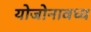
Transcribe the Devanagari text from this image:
योजोनावध्य